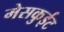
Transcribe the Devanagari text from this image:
मेसकुईट